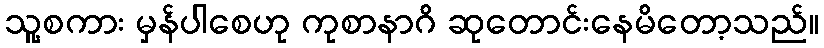
သူ့စကား မှန်ပါစေဟု ကုစာနာဂိ ဆုတောင်းနေမိတော့သည်။